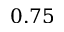
0 . 7 5